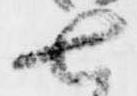
七